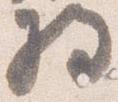
将